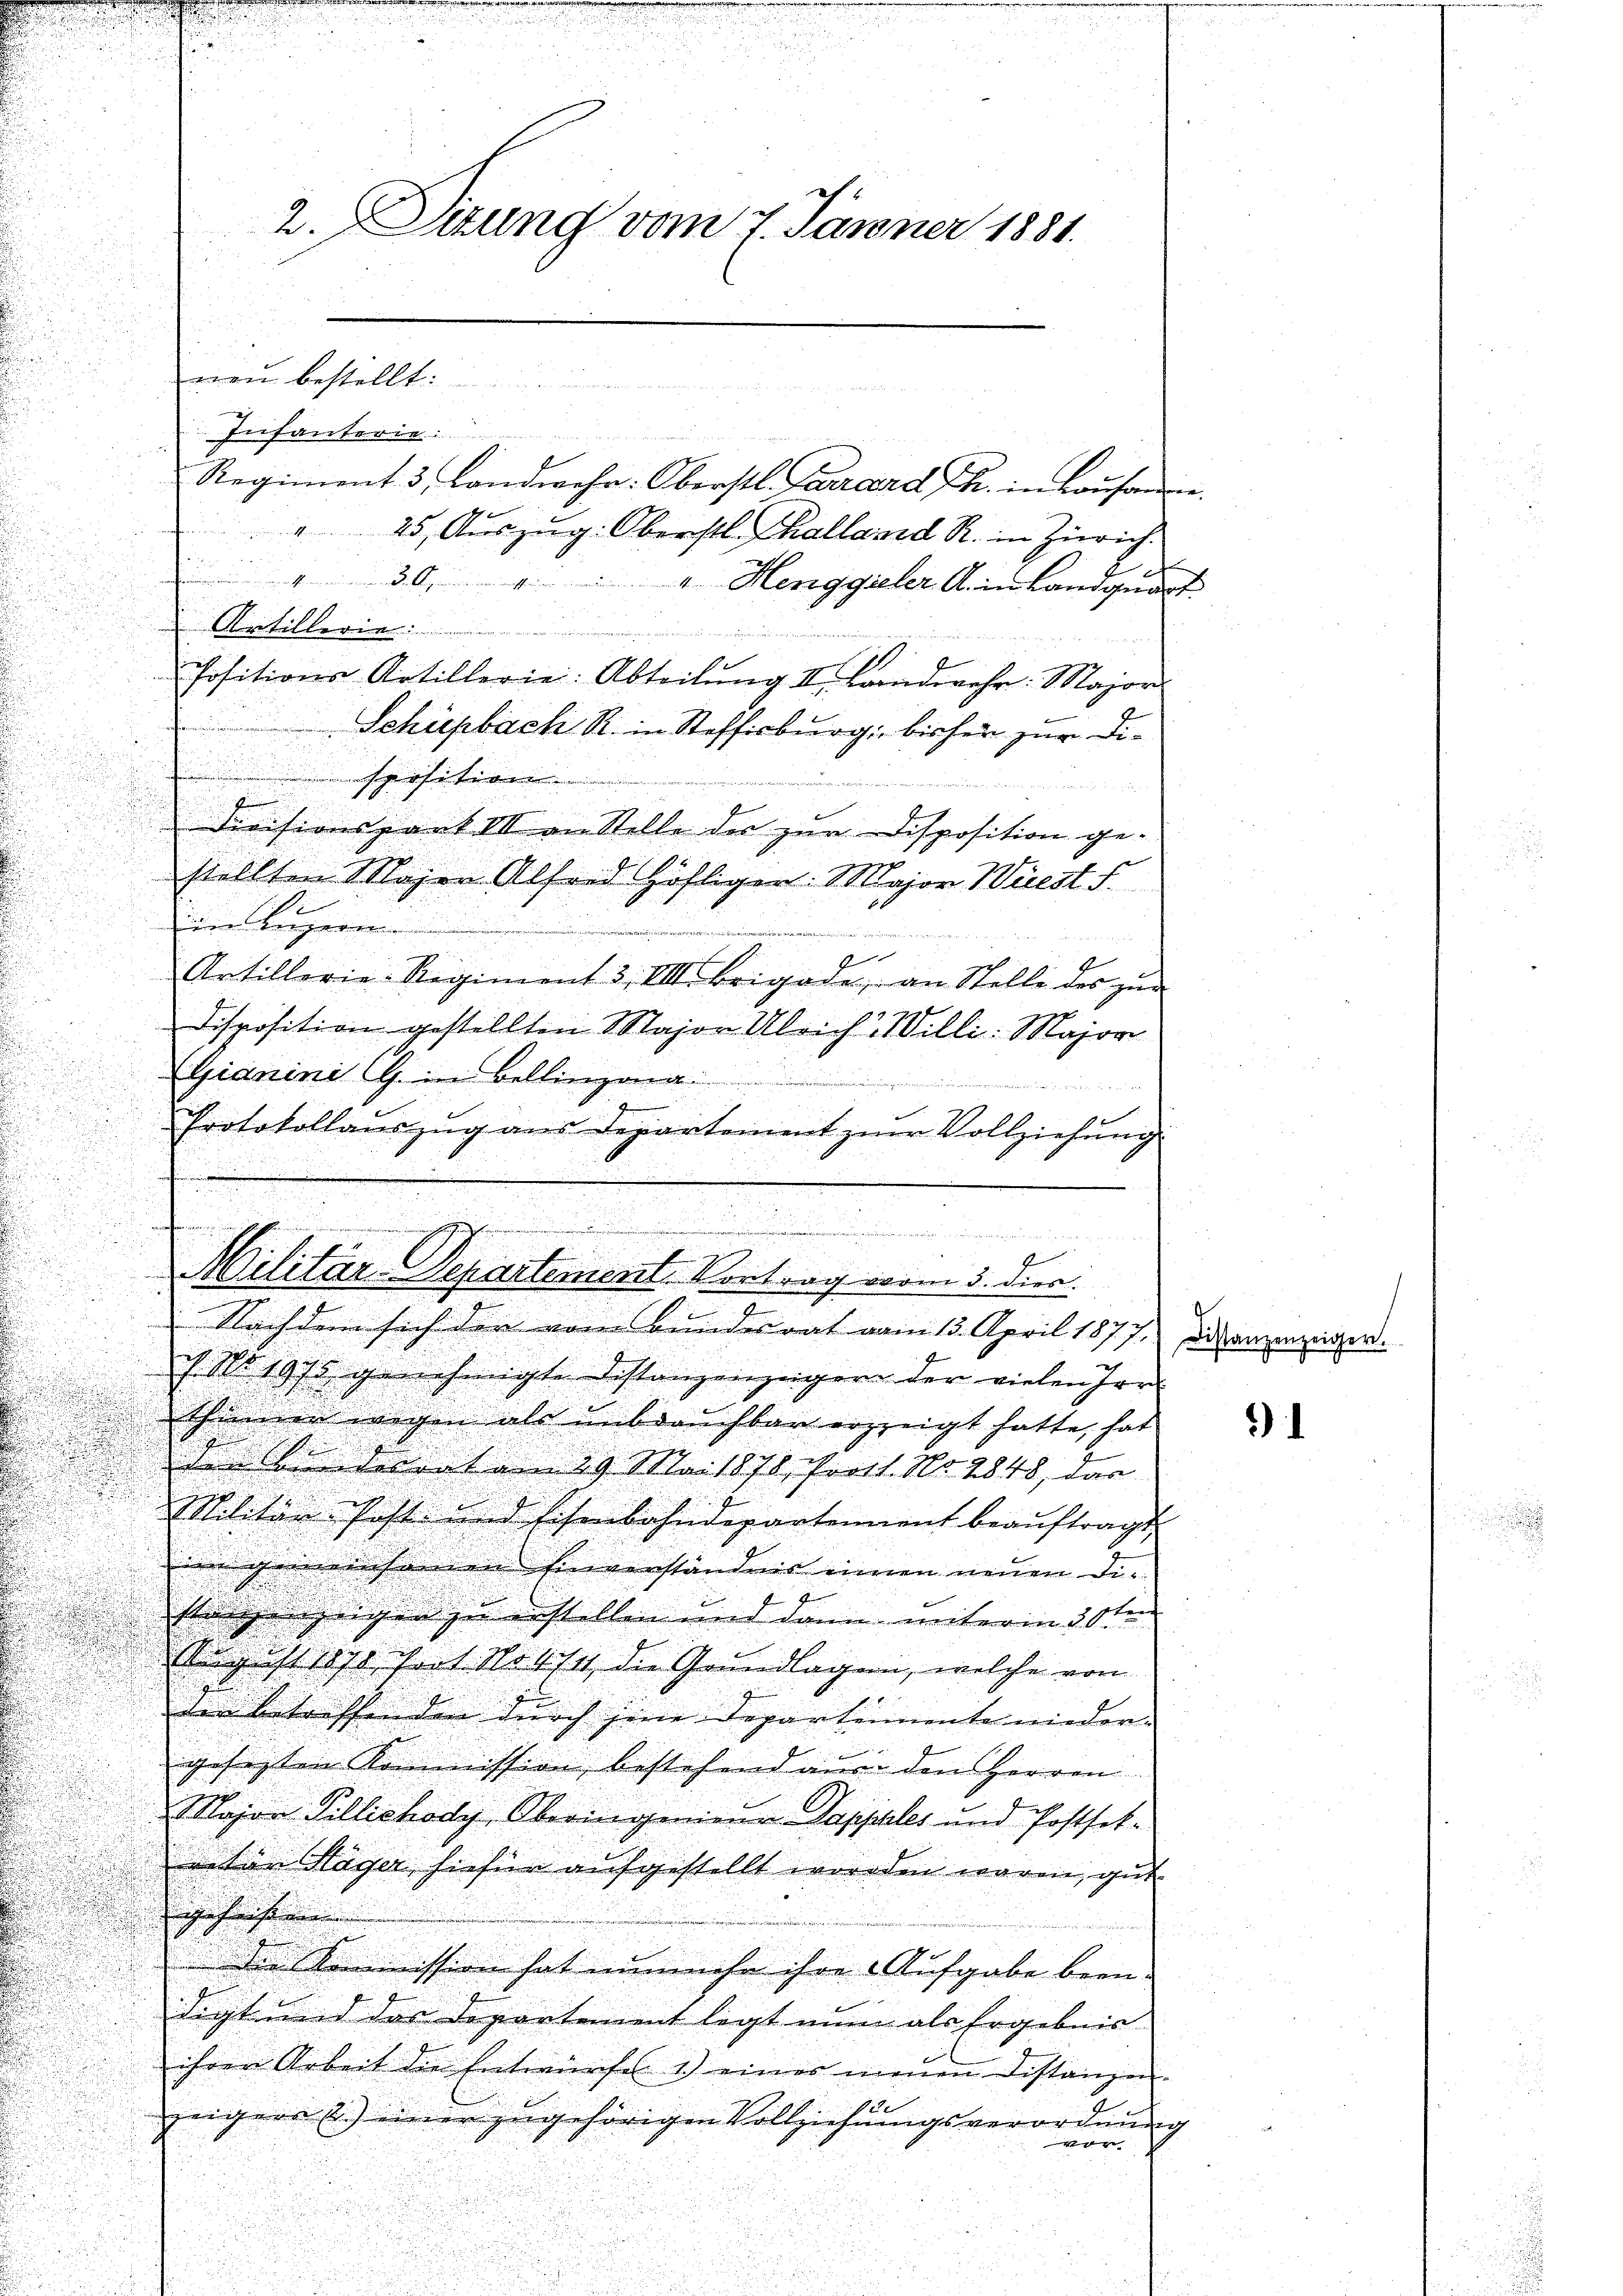
Infanterie
Regiment 3 Landwehr: Oberstl. Ferrard Th. in Lausanne
" 25. Aŭszŭg. Oberstl. Thalland R. in Zürich
 " 30. " " " Henggieler A. in Landquart
Antille
hositions-Artillerie: Abteilung II. Landwehr: Major
Schüpbach R. in Steffisburg bisher zur Diposition

Sivisionspant III an Stelle des zur Disposition ge-
stellten Majer Alfond höfligen: Major Wiest S.
d
e
2

Artillerie-Regiment 3, VIII. Brigade, an Stelle des zŭm
Disposition gestellten Major Ulrich Willi: Major
(lianini (G. in Bellingung
ineinger
Protokollaŭszŭg ans Departement zŭr Vollziehŭng

2. Setzung vom 7. Jänner 1881.

men bestellt:

.
e
.

f
E
Militär-Departement. Vortrag vom 5. dies
.
Nachdem sich den vom Bundesrat vom 15. April 1877. Die anzenzeiger.

ch No. 1975 genehmigte Distanzenzeigen der vielen Irr
Shimmer wegen als unbrauchbar erzeigt hatte, hat
i
 eben deraten 19. Mai 1878, fortt. No. 2848, das
Militär hist. und Eisenbahndepartement beaŭftragt.
im gemeinsamen Einverständnis innen neuen Die
strigenzeigen zu bestellen und dann unterm 30ten
August last fort Notst die Grundlagen, welche von
der betreffenden durch jene Departemente nieder¬
u
gesetzten Kommission bestehend nur den Herren
Major Tillichody, Oberingeniena Sapphles und Postfekreten Stäger hiefür aufgestellt worden waren, gut
geha
Die Kommission hat nunmehr ihre Aufgabe beendigt und das Departement legt nun als Ergebnis
ihren Arbeit die Entwurfes. 1) eines neŭen Distanzen

Sie
zeigers u. einer zugehörigen Vollziehungsverordnung
n

¬

)1